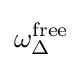
\omega _{\Delta }^{\text{free}}